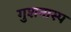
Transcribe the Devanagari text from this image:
गुशनास्प